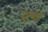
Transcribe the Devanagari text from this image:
श्‍च